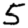
Digit: 5